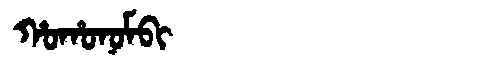
Manchu: ᡥᠣᡥᠣᠨᠣᠮᠪᡳ
Romanization: HOHONOMBI